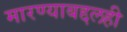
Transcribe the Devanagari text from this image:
मारण्याबद्दलही